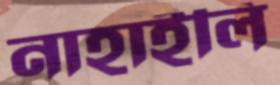
নাহাইলি